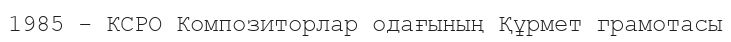
1985 - КСРО Композиторлар одағының Құрмет грамотасы